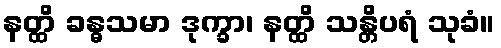
နတ္ထိ ခန္ဓသမာ ဒုက္ခာ၊ နတ္ထိ သန္တိပရံ သုခံ။